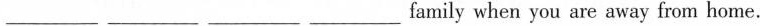
___ ___ ___ ___ family when you are away from home.